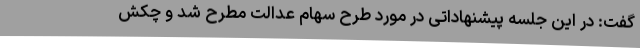
گفت: در این جلسه پیشنهاداتی در مورد طرح سهام عدالت مطرح شد و چکش